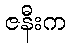
ဇနီးက